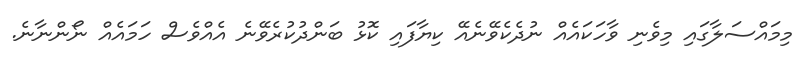
މިމައްސަލާގައި މިވެނި ވާހަކައެއް ނުދެކެވޭނެއޭ ކިޔާފައި ކޮޅު ބަންދުކުރެވޭނެ އެއްވެސް ހަމައެއް ނޯންނާނެ.